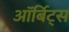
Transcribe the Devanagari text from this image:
ऑर्बिट्स